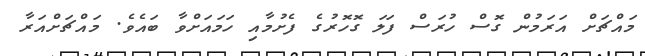
މައްޗަށް އަރަމުން ގޮސް ހުރަސް ފަލަ ގޮހޮރުގެ ފެށުމާއި ހަމައަށްވާ ބައެވެ. މައްޗަށްއަރާ